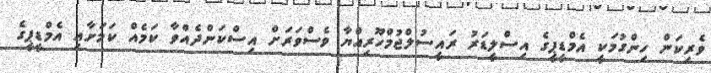
ވެރިކަން ހިންގުމަކީ އެމްޑީޕީގެ އިސްލީޑަރު ރައީސުލްޖުމްހޫރިއްޔާ ވެސްވަރަށް އިސްކަންދެއްވާ ކަމެއް ކަމަށާއި އެމްޑީޕީގެ